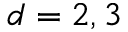
d = 2 , 3